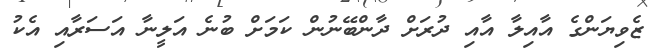
ޒެވިޔަންގެ އާއިލާ އާއި ދުރަށް ދާންބޭނުން ކަމަށް ބުނެ އަލީނާ އަސަރާއި އެކު